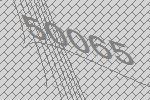
50065